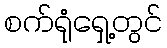
စက်ရုံရှေ့တွင်